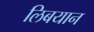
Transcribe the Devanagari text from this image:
लिबयान